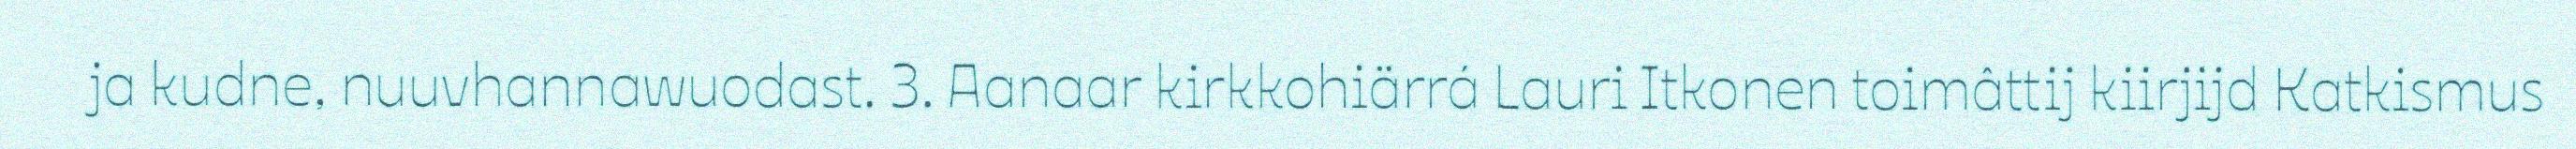
ja kudne, nuuvhannawuodast. 3. Aanaar kirkkohiärrá Lauri Itkonen toimâttij kiirjijd Katkismus